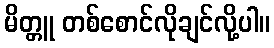
မိတ္တူ တစ်စောင်လိုချင်လို့ပါ။